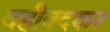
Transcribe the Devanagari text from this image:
दहीवदकर